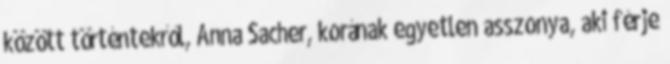
között történtekről, Anna Sacher, korának egyetlen asszonya, aki férje